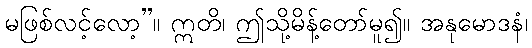
မဖြစ်လင့်လော့”။ ဣတိ၊ ဤသို့မိန့်တော်မူ၍။ အနုမောဒနံ၊